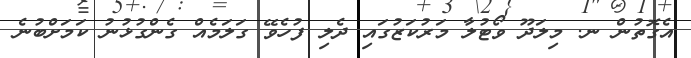
އެގޮތުން ނ. މިލަދޫ ވޯޓުލާ މަރުކަޒުގައި ދެލި ފުހެވޭ ގަލަމެއް ގެންގުޅުނު ކަމަށްބުނެ